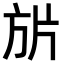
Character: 𭤬